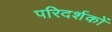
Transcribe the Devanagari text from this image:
परिदर्शकों